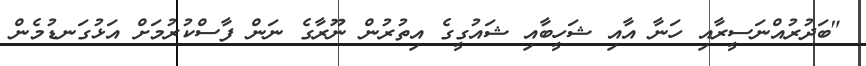
"ބަދުރުއްނަސީރާއި ހަނާ އާއި ޝަހީބާއި ޝައުގީގެ އިތުރުން ނޫރާގެ ނަން ފާސްކުރުމަށް އަޅުގަނޑުމެން